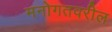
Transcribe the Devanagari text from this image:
मनोगतवरील